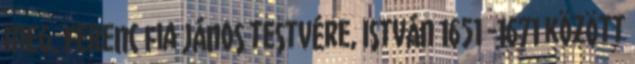
meg. Ferenc fia János testvére, István 1651 -1671 között